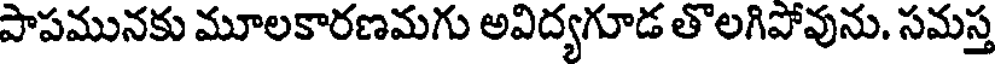
పాపమునకు మూలకారణమగు అవిద్యగూడ తొలగిపోవును. సమస్త